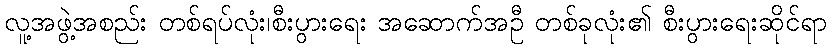
လူ့အဖွဲ့အစည်း တစ်ရပ်လုံး၊စီးပွားရေး အဆောက်အဦ တစ်ခုလုံး၏ စီးပွားရေးဆိုင်ရာ